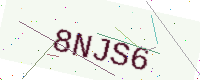
Text: 8NJS6